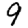
Digit: 9